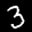
Label: 3